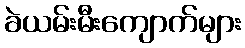
ခဲယမ်းမီးကျောက်များ